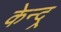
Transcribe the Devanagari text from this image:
केन्द्र्